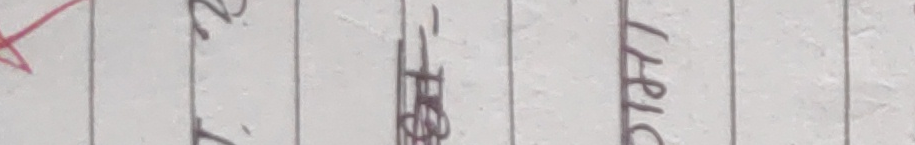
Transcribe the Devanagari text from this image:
आर्शिवाद